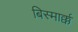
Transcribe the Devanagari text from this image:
बिस्मार्क्क